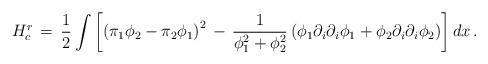
LaTeX: \begin{align*}H_{c}^{r}\, =\, {1\over 2} \int \left[ \left( \pi_1 \phi_2 - \pi_2 \phi_1 \right)^2\, -\, {1\over \phi_{1}^{2} + \phi_{2}^{2}}\left(\phi_1 \partial_i\partial_i \phi_1 + \phi_2 \partial_i \partial_i \phi_2\right)\right] dx\, .\end{align*}